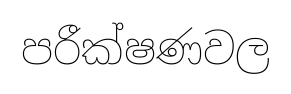
පරීක්ෂණවල